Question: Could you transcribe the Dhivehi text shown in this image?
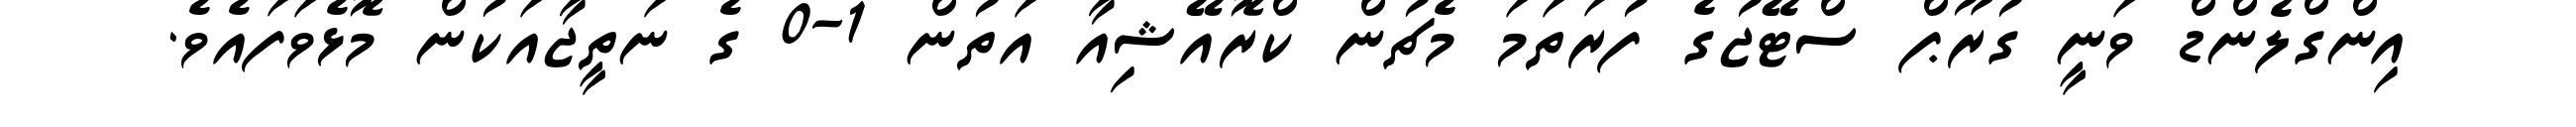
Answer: އިންގްލެންޑް ވަނީ ގުރޫޕް ސްޓޭޖުގެ ފުރަތަމަ މެޗުން ކްރޮއޭޝިއާ އަތުން 1-0 ގެ ނަތީޖާއަކުން މޮޅެވަފައެވެ.